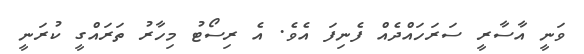
ވަނީ އާސާރީ ސަރަހައްދެއް ފެނިފަ އެވެ. އެ ރިސޯޓު މިހާރު ތަރައްގީ ކުރަނީ